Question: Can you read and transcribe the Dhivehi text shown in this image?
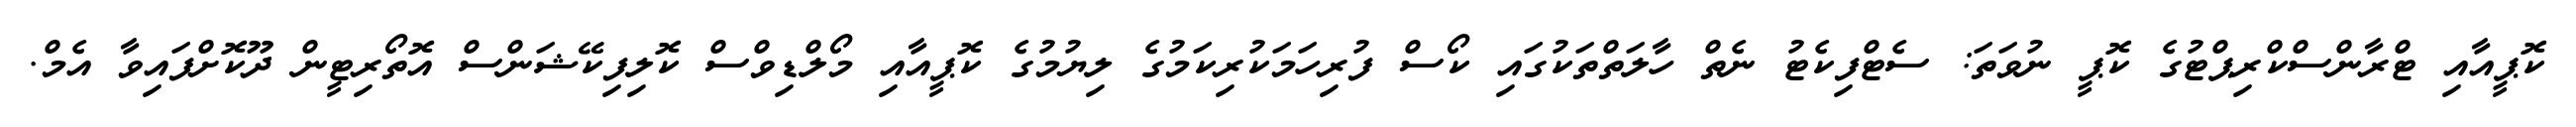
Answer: ކޮޕީއާއި ޓްރާންސްކްރިޕްޓުގެ ކޮޕީ ނުވަތަ: ސެޓްފިކެޓު ނެތް ހާލަތްތަކުގައި ކޯސް ފުރިހަމަކުރިކަމުގެ ލިޔުމުގެ ކޮޕީއާއި މޯލްޑިވްސް ކޮލިފިކޭޝަންސް އޮތޯރިޓީން ދޫކޮށްފައިވާ އެމް.